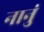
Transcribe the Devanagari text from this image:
नानुं